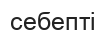
себепті